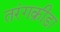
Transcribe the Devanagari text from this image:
तरंगक्रीड़ा